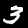
Digit: 3